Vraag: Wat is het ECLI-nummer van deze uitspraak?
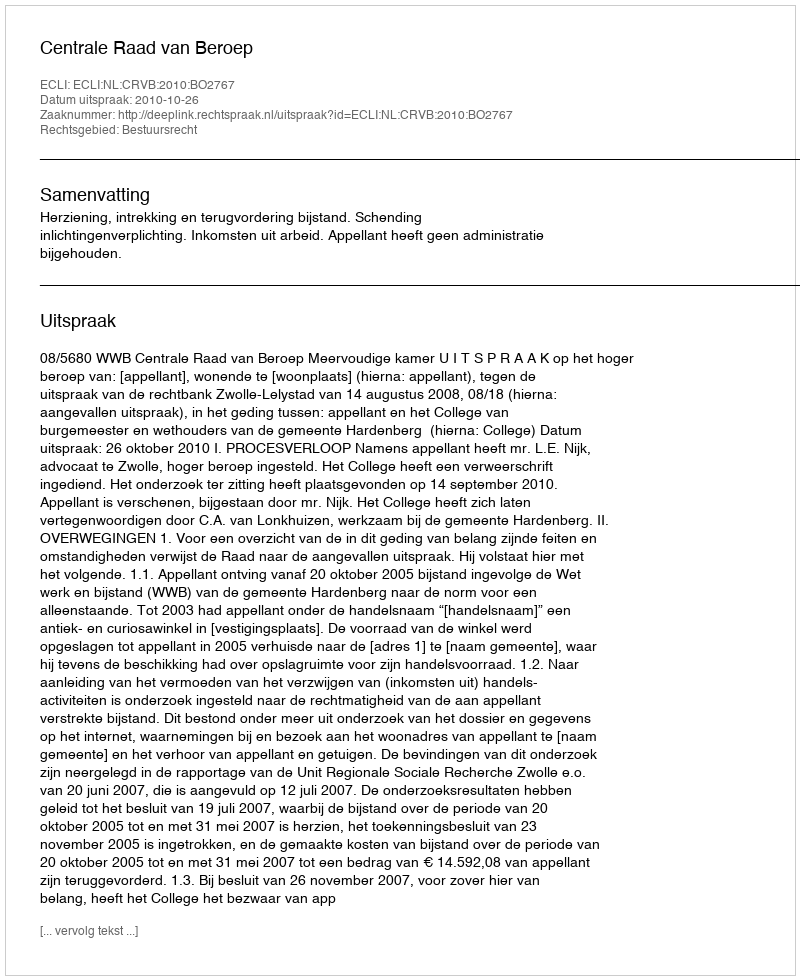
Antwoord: ECLI:NL:CRVB:2010:BO2767